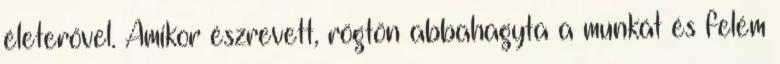
életerővel. Amikor észrevett, rögtön abbahagyta a munkát és felém